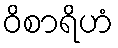
ဝိစာရိဟံ